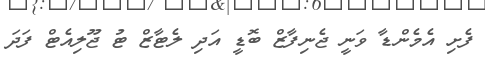
ފެށި އެމެންޑާ ވަނީ ޖެނިފާޒް ބޮޑީ އަދި ލެޓާޒް ޓު ޖޫލިއެޓް ފަދަ